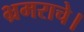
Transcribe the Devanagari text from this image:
भ्रमराचे।